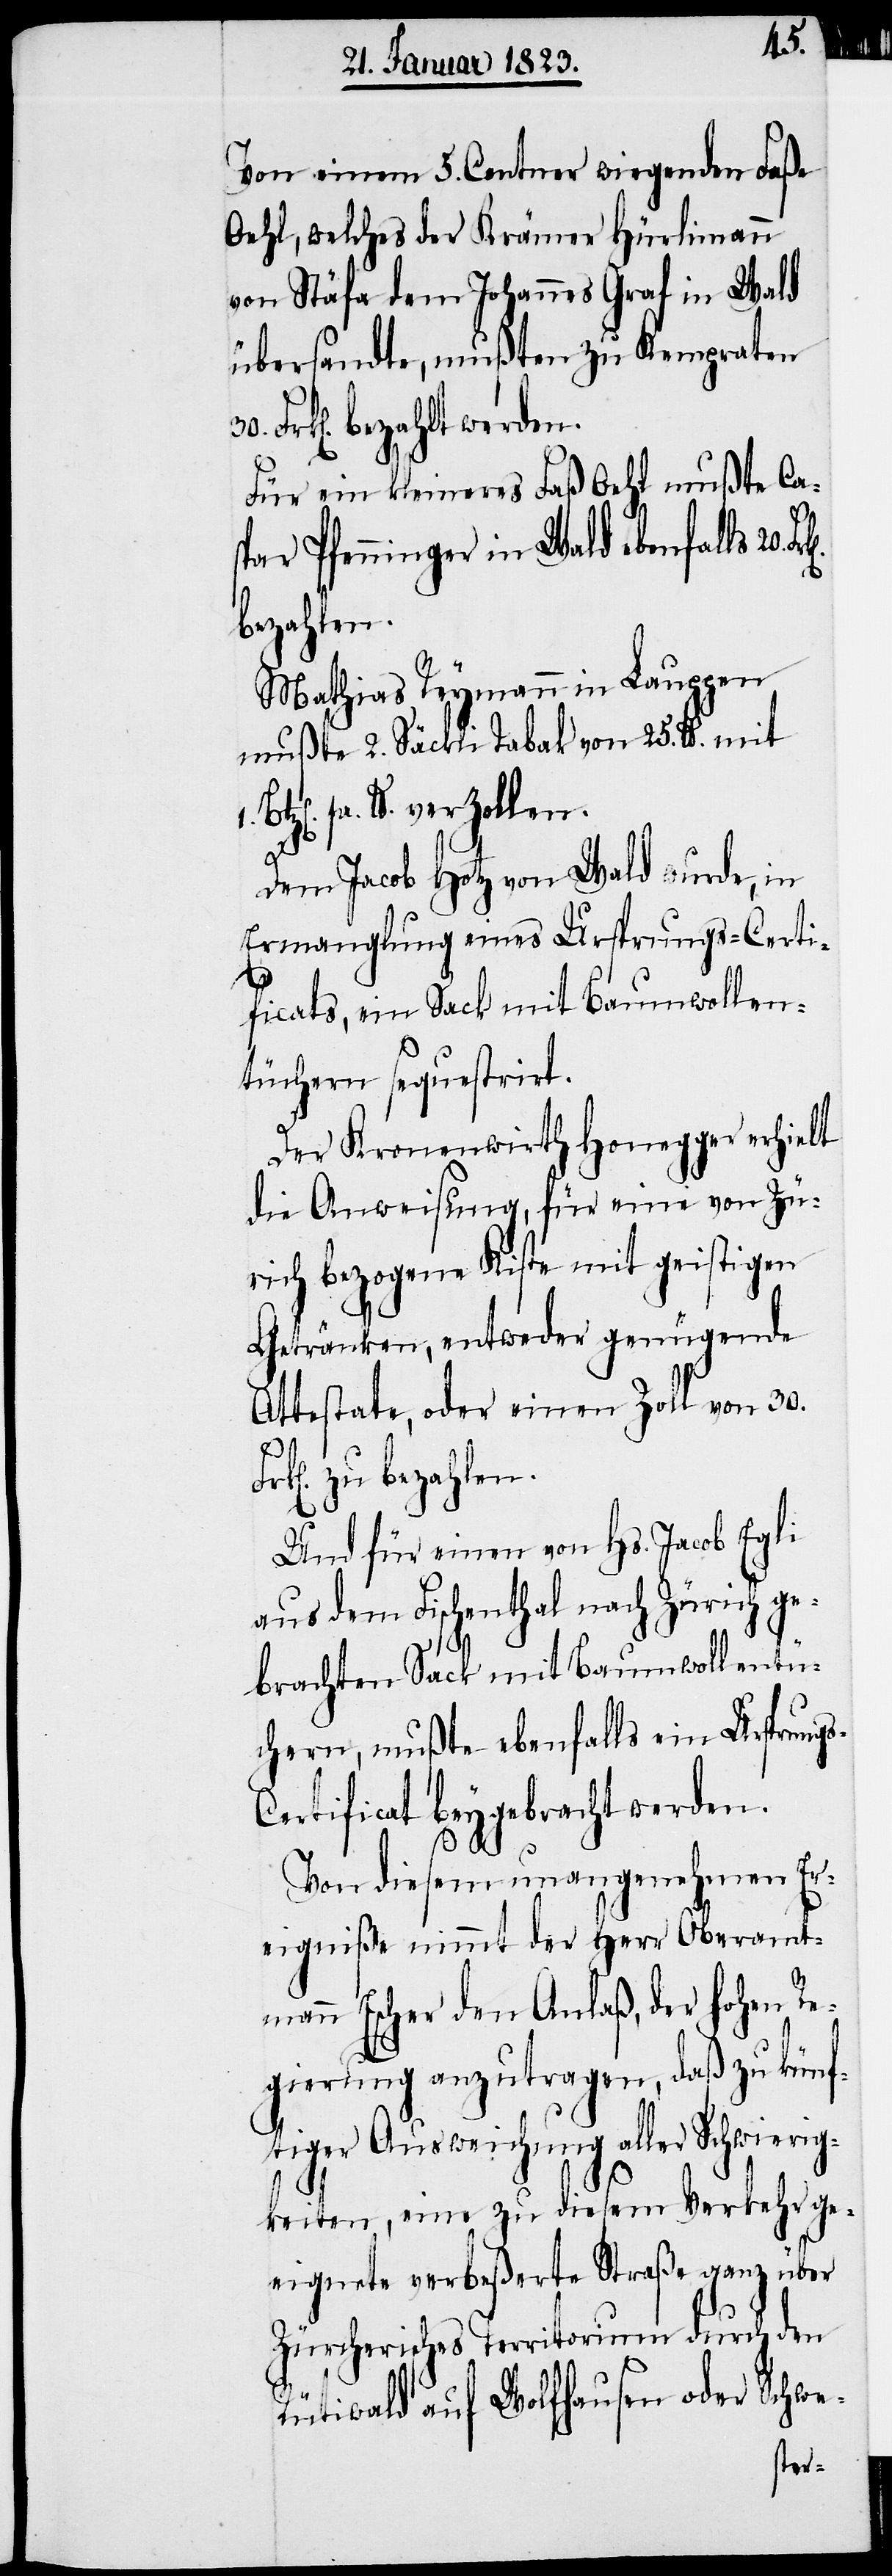
Von einem 5. Centner wiegenden Faße
Oehl, welches der Krämer Hürlimann
von Stäfa dem Johannes Graf in Wald
übersandte, mußten zu Kempraten
Frk[en]. bezahlt werden.
Für ein kleineres Faß Oehl mußte Cas¬
par Pfenninger in Wald ebenfalls 20.
bezahlen.
Mathias Reymann in Lauppen
mußte 2. Säckli Tabak von 25. lb. mit
pr. lb. verzollen.
s-C¬
Dem Jacob Hotz von Wald wurde, in
Ermanglung eines Ursprungs-Certi¬
ficats, ein Sack mit Baumwollen¬
tüchern sequestrirt.
Der Kronenwirth Honegger erhielt
die Anweisung, für eine von Zü¬
rich bezogene Kiste mit geistigen
Getränken, entweder genügende
Attestate, oder einen Zoll von 30.
zu
Und für einen von Hs. Jacob Egli
aus dem Fischenthal nach Zürich ge¬
brachten Sack mit Baumwollentü¬
chern, mußte ebenfalls ein Ursprung¬
ertificat beygebracht werden.
Von diesem unangenehmen Er¬
eigniße nimmt der Herr Oberamt¬
mann Escher den Anlaß, der hohen Re¬
gierung anzutragen, daß zu künf¬
tiger Ausweichung aller Schwierig¬
keiten, eine zu diesem Verkehr ge¬
eignete verbeßerte Straße ganz über
Zürcherisches Territorium durch den
Rütiwald auf Wolfhausen oder Schwe-